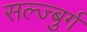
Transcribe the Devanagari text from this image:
सल्ज्बुर्ग